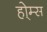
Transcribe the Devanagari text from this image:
हो्म्स